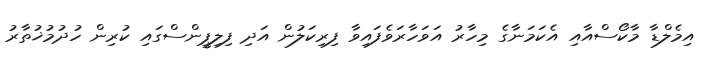
އިމެލްޑާ މާކޯސްއާއި އެކަމަނާގެ މިހާރު އަވަހާރަވެފައިވާ ފިރިކަލުން އަދި ފިލިޕީންސްގައި ކުރިން ހުދުމުޚުތާރު